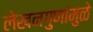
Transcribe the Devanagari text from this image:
लेखनगुणांमुळे